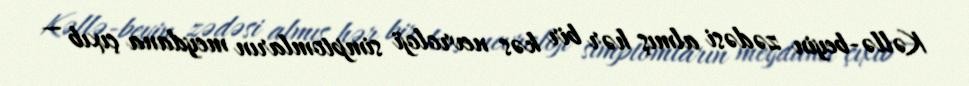
Kəllə-beyin zədəsi almış hər bir kəs nevroloji simptomların meydana çıxıb —